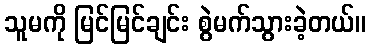
သူမကို မြင်မြင်ချင်း စွဲမက်သွားခဲ့တယ်။